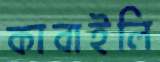
কাবাইলি